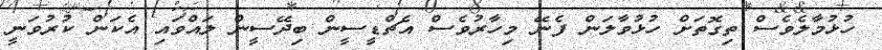
ހުޅުމާލެވެސް ތިގޮތަށް ހުޅުވާލަން ފެނޭ މިހާރުވެސް އެޗްޑީސީން ބިދޭސީން ލައްވައި އެކަން ކުރުވަނީ